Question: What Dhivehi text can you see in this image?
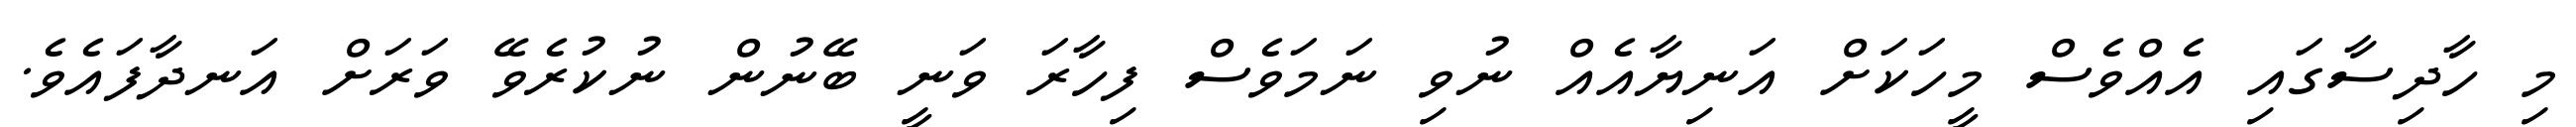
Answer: މި ހާދިސާގައި އެއްވެސް މީހަކަށް އަނިޔާއެއް ނުވި ނަމަވެސް ފިހާރަ ވަނީ ބޭނުން ނުކުރެވޭ ވަރަށް އަނދާފައެވެ.